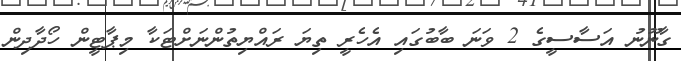
ގާނޫނު އަސާސީގެ 2 ވަނަ ބާބުގައި އެހެރީ ތިޔަ ރައްޔިތުންނަށްޓަކާ މިޕާޓީން ހޯދާދިން